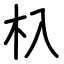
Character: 杁